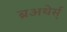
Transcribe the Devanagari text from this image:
ब्रअथेर्स्